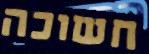
חשוכה